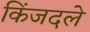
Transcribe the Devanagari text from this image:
किंजदले